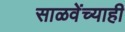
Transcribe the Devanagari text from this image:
साळवेंच्याही